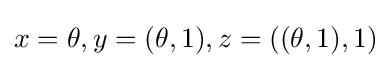
x=\theta ,y=(\theta ,1),z=((\theta ,1),1)